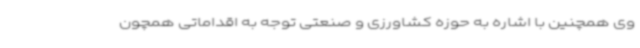
وی همچنین با اشاره به حوزه کشاورزی و صنعتی توجه به اقداماتی همچون